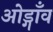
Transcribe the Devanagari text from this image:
ओड्गाँव